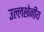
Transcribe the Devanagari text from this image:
उल्‍लखेनीय